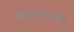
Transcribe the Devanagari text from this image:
कायररास्ता